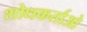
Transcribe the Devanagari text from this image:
शोधकर्ताओ